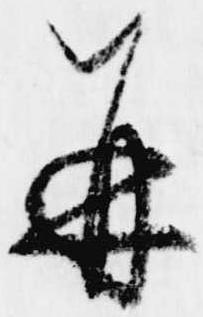
并